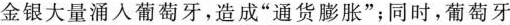
金银大量涌入葡萄牙，造成”通货膨胀”；同时，葡萄牙